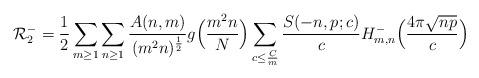
LaTeX: \begin{align*}\mathcal{R}_2^- = \frac{1}{2} \sum_{m \geq 1} \sum_{n \geq 1} \frac{A(n, m)}{(m^2 n)^{\frac{1}{2}}} g\Bigl( \frac{m^2 n}{N} \Bigr) \sum_{c \leq \frac{C}{m}} \frac{S(-n, p; c)}{c} H_{m, n}^- \Bigl ( \frac{4 \pi \sqrt{n p}}{c} \Bigr )\end{align*}